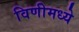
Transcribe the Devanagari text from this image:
विणीमध्ये